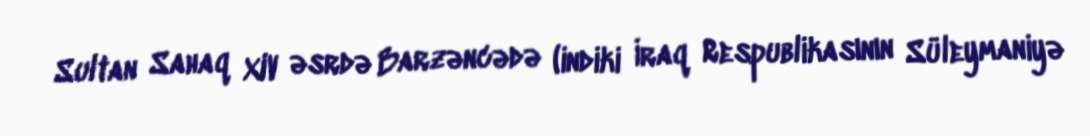
Sultan Sahaq XIV əsrdə Barzəncədə (indiki İraq Respublikasının Süleymaniyə